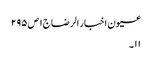
عیون اخبار الرضا ج١ ص ٢٩٥
١١۔